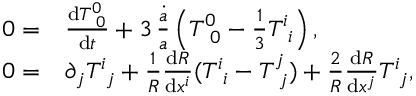
\begin{array} { r l } { 0 = } & { { } \frac { \mathrm { d } T _ { \, \, \, 0 } ^ { 0 } } { \mathrm { d } t } + 3 \, \frac { \dot { a } } { a } \left( T _ { \, \, \, 0 } ^ { 0 } - \frac { 1 } { 3 } T _ { \, \, \, i } ^ { i } \right) , } \\ { 0 = } & { { } \partial _ { j } T _ { \, \, \, j } ^ { i } + \frac { 1 } { R } \frac { \mathrm { d } R } { \mathrm { d } x ^ { i } } ( T _ { \, \, \, i } ^ { i } - T _ { \, \, \, j } ^ { j } ) + \frac { 2 } { R } \frac { \mathrm { d } R } { \mathrm { d } x ^ { j } } T _ { \, \, \, j } ^ { i } , } \end{array}